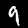
Digit: 9